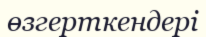
өзгерткендері